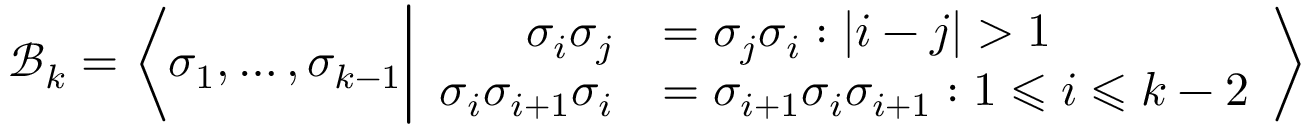
\mathcal { B } _ { k } = \left\langle \sigma _ { 1 } , \dots , \sigma _ { k - 1 } \middle \vert \begin{array} { r l } { \sigma _ { i } \sigma _ { j } } & { = \sigma _ { j } \sigma _ { i } : | i - j | > 1 } \\ { \sigma _ { i } \sigma _ { i + 1 } \sigma _ { i } } & { = \sigma _ { i + 1 } \sigma _ { i } \sigma _ { i + 1 } : 1 \leqslant i \leqslant k - 2 } \end{array} \right\rangle